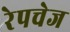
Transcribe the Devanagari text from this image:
रेपचेज